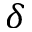
\delta